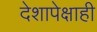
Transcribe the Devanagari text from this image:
देशापेक्षाही